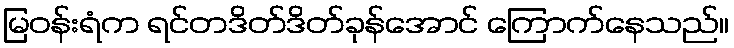
မြဝန်းရံက ရင်တဒိတ်ဒိတ်ခုန်အောင် ကြောက်နေသည်။